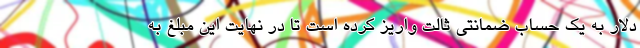
دلار به یک حساب ضمانتی ثالت واریز کرده است تا در نهایت این مبلغ به